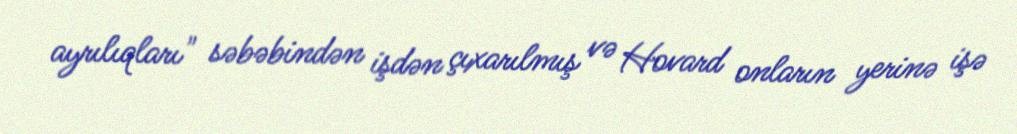
ayrılıqları" səbəbindən işdən çıxarılmış və Hovard onların yerinə işə